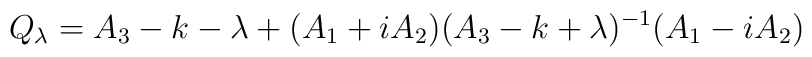
Q_{\lambda } = A_3 -k-\lambda + (A_1 + iA_2 ) (A_3 -k+\lambda )^{-1}(A_1 - iA_2 )